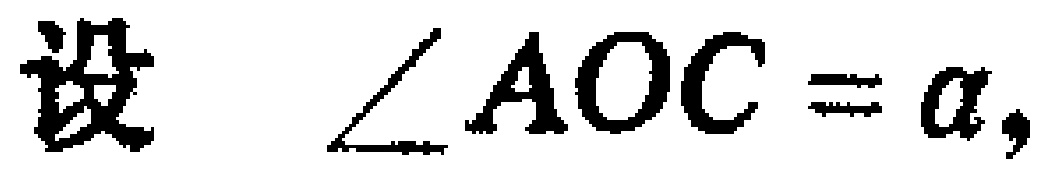
设 $\angle AOC = \alpha,$